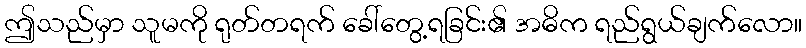
ဤသည်မှာ သူမကို ရုတ်တရက် ခေါ်တွေ့ရခြင်း၏ အဓိက ရည်ရွယ်ချက်လော။